system: You are a helpful assistant.
user:
Analyze the provided spectrum to determine if it is a **M-type Giant (gM)**.

A M-type Giant spectrum is defined by its **strong molecular absorption** features, particularly from **Titanium Oxide (TiO)**. You must check for one of the following mutually exclusive signatures:

- **Key Visual Indicators (Absorption-Dominated Spectrum):**

    - **(Primary):** The spectrum is dominated by strong molecular absorption from **Titanium Oxide (TiO)**. This is the **defining feature** of its M-type temperature class.
        - **(Key Bandheads):** Look for sharp, "saw-tooth" absorption valleys. The strongest are located near **~7050 Å**, **~6160 Å**, and **~5170 Å**.
        - **(Line Profile):** The "saw-tooth" morphology is critical: a **sharp, steep drop on the BLUE (short-wavelength) side** of the bandhead, followed by a gradual recovery (rising flux) towards the RED (long-wavelength) side.

    - **(Key Confirmation - Giant vs. Dwarf):** **ABSENCE** of strong **Calcium Hydride (CaH)** molecular bands. This is the primary diagnostic for *excluding* M-dwarfs.
        - **(Key Region):** The spectrum should lack the strong, broad absorption band seen in dwarfs between **~6800 Å and ~7000 Å**.

    - **(Secondary Confirmation - Giant):** A very strong and broad **Neutral Calcium (Ca I)** atomic absorption line.
        - **(Key Line):** Located at **~4226 Å**. In a giant (gM), this line is significantly deeper and broader than the same line in an M-dwarf (dM) due to low surface gravity.

    - **(Overall Spectrum):**
        - The continuum is **extremely red-sloping** (i.e., flux is very low in the blue and rises dramatically towards the red).
        - The entire spectrum appears "chopped up" by the deep TiO bands.

Think first, call **spectral_visualization_tool** if needed to examine features in detail, then provide your final answer. Your response must adhere to the following strict rules:
1.  **Overall Structure:** Your response must follow the format `<think>...</think> <tool_call>...</tool_call> (if a tool is used) <answer>...</answer>`.
2.  **Tool Usage Constraint:** You may only make **one** tool call per turn.
3.  **Final Answer Format:** In the `<answer>` tag, your conclusion must be inside a `\boxed{}` command (e.g., `\boxed{YES}` or `\boxed{NO}`), followed by your justification.

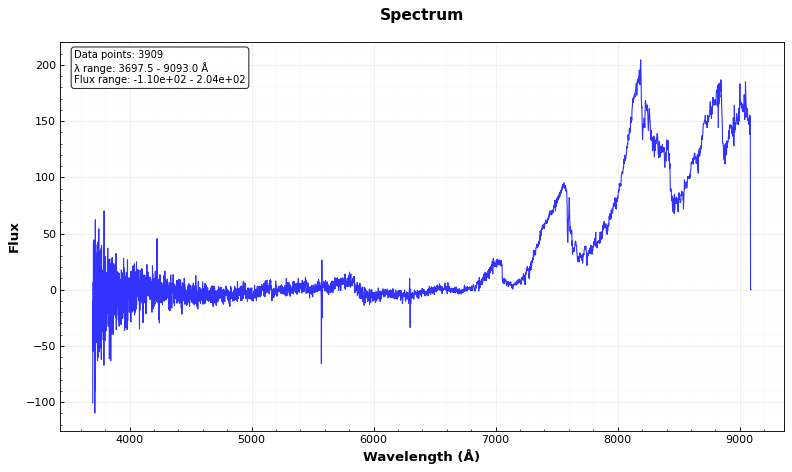
Answer: YES